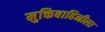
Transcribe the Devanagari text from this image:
मुक्तिबाहिनीला